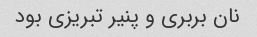
نان بربری و پنیر تبریزی بود